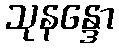
သုနန္ဒော